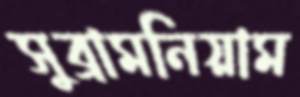
সুব্রামনিয়াম